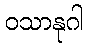
ဝသာနုဂါ